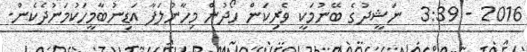
2016 - 3:39  ނަޝީދުގެ ބޭނުމަކީ ވެރިކަން ހޯދުން މިހާނުލަފާ އަޑިނުބާމީހަކުމަނުދެކެން.